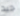
جيد